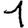
Digit: 1